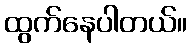
ထွက်နေပါတယ်။